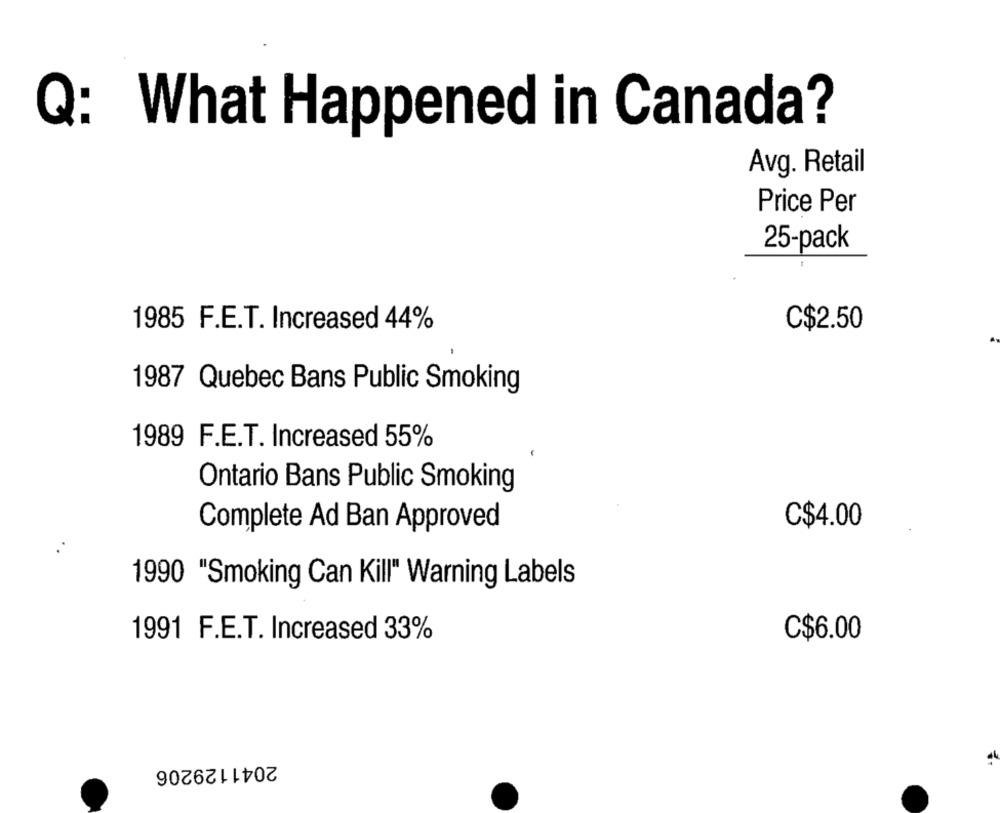
Q: What Happened in Canada?
Avg. Retail
Price Per
25-pack
C$2.50
1985 F.E.T. Increased 44%
1987 Quebec Bans Public Smoking
1989 F.E.T. Increased 55%
Ontario Bans Public Smoking
Complete Ad Ban Approved
C$4.00
1990 "Smoking Can Kill" Warning Labels
1991 F.E.T. Increased 33%
C$6.00
2041129206